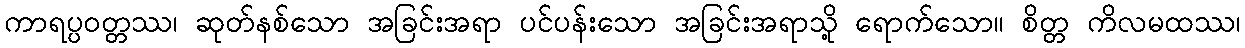
ကာရပ္ပဝတ္တဿ၊ ဆုတ်နစ်သော အခြင်းအရာ ပင်ပန်းသော အခြင်းအရာသို့ ရောက်သော။ စိတ္တ ကိလမထဿ၊